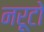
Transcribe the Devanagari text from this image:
नरूटो